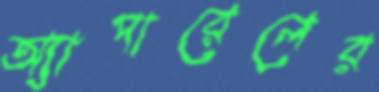
অ্যাপারেলের